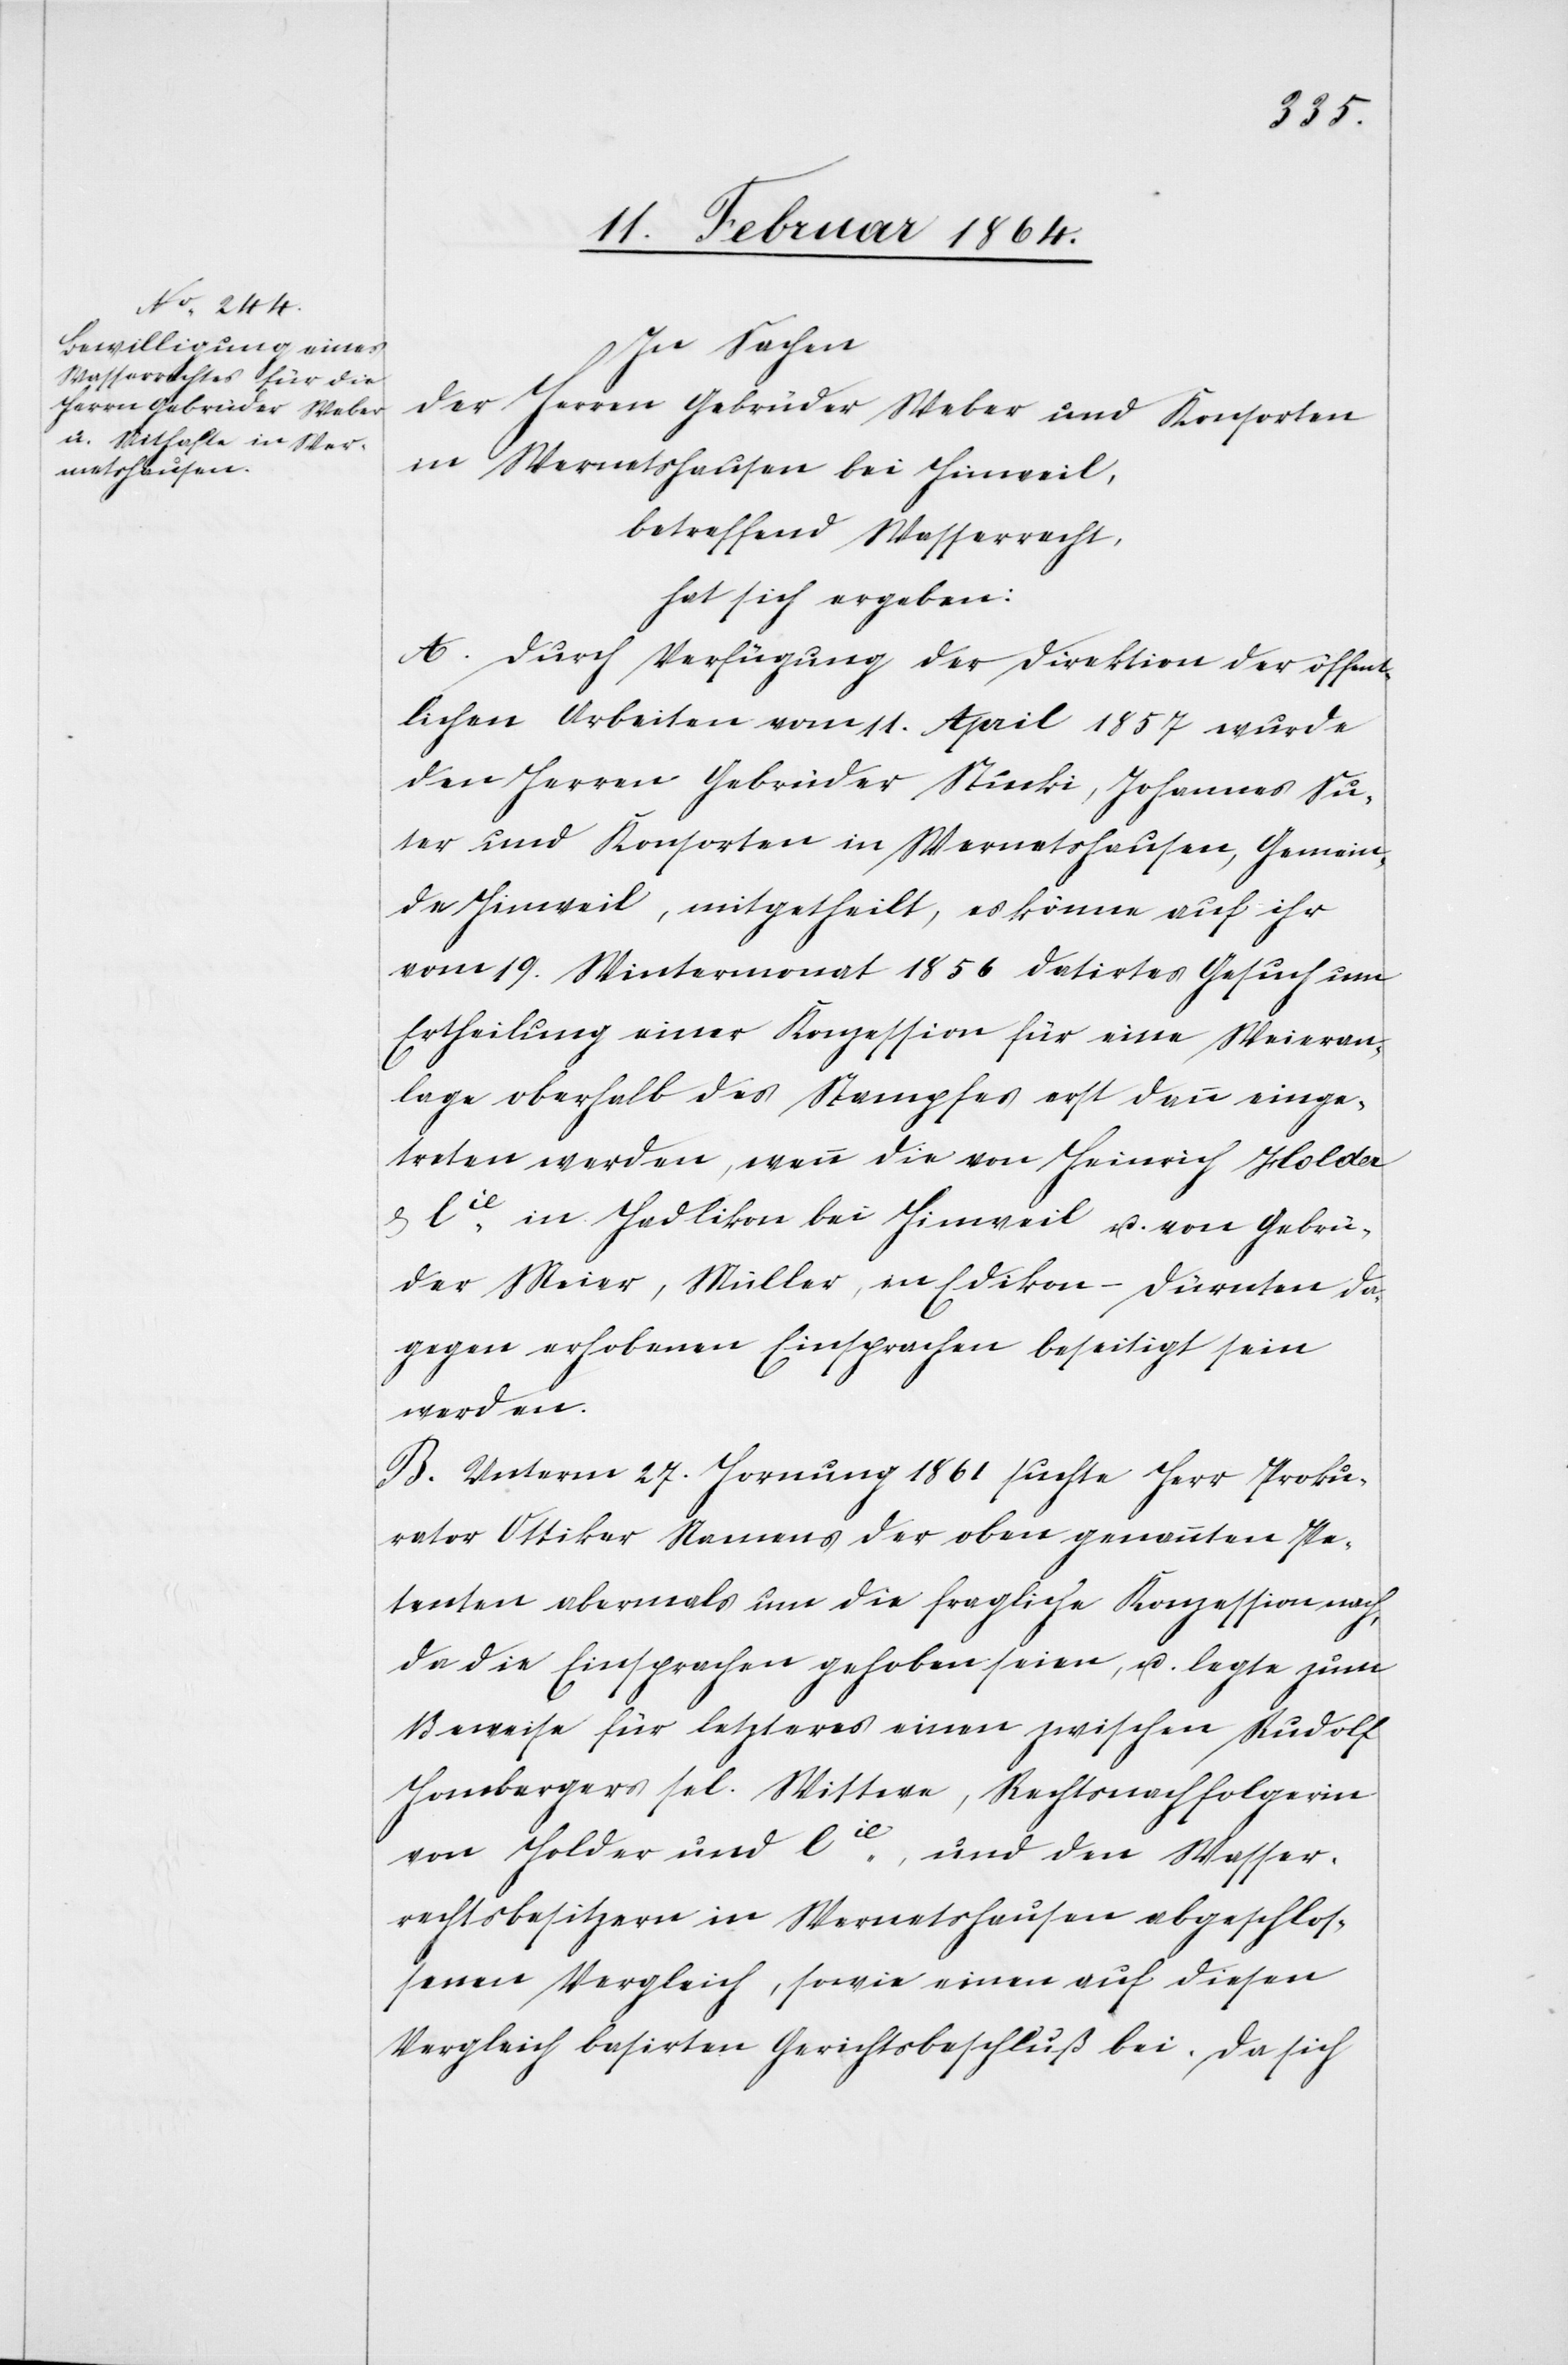
In Sachen
der Herren Gebrüder Weber und Konsorten
in Wernetshausen, Gemeinde Hinweil,
betreffend Wasserrecht,
hat sich ergeben:
A. Durch Verfügung der Direktion der öffent¬
lichen Arbeiten vom 11. April 1857 wurde
den Herren Gebrüder Stucki, Johannes Su¬
ter und Konsorten in Wernetshausen, Gemein¬
de Hinweil, mitgetheilt, es könne auf ihr
vom 19. Wintermonat 1856 datirtes Gesuch um
Ertheilung einer Konzession für eine Weieran¬
lage oberhalb des Stampfes erst dann einge¬
treten werden, wenn die von Heinrich Holder
& Cie in Hadlikon bei Hinweil u. von Gebrü¬
der Meier, Müller, in Edikon-Dürnten da¬
gegen erhobenen Einsprachen beseitigt sein
werden.
B. Unterm 27. Hornung 1861 suchte Herr Proku¬
rator Ottiker Namens der oben genannten Pe¬
tenten abermals um die fragliche Konzession nach,
da die Einsprachen gehoben seien, u. legte zum
Beweise für letzteres einen zwischen Rudolf
Hombergers sel. Wittwe, Rechtsnachfolgerin
von Holder und Cie, und den Wasser¬
rechtsbesitzern in Wernetshausen abgeschlos¬
senen Vergleich, sowie einen auf diesen
Vergleich basirten Gerichtsbeschluß bei. Da sich